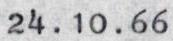
24.10.66